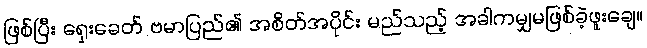
ဖြစ်ပြီး ရှေးခေတ် ဗမာပြည်၏ အစိတ်အပိုင်း မည်သည့် အခါကမျှမဖြစ်ခဲ့ဖူးချေ။